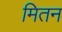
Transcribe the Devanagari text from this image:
मितन